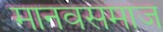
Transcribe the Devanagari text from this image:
मानवसमाज